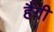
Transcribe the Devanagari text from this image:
हैंगी